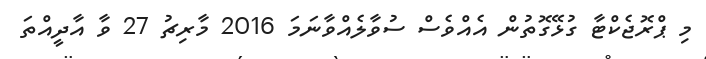
މި ޕްރޮޖެކްޓާ ގުޅޭގޮތުން އެއްވެސް ސުވާލެއްވާނަމަ 2016 މާރިޗު 27 ވާ އާދީއްތަ